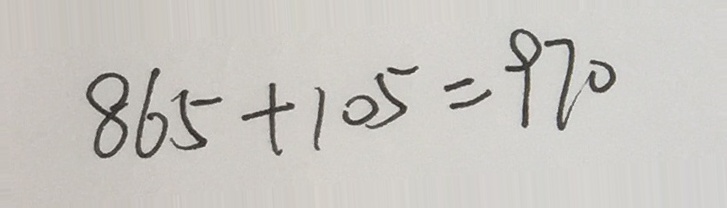
8 6 5 + 1 0 5 = 9 7 0